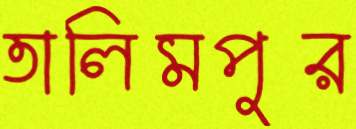
তালিমপুর